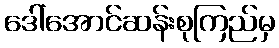
ဒေါ်အောင်ဆန်းစုကြည်မှ